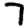
Digit: 7